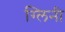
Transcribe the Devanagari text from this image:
ग्लिनी